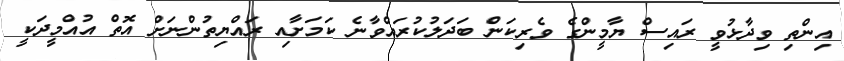
އިންތި ވިދާޅުވީ ރައިސް ޔާމީންގެ ވެރިކަން ބަދަލުކުރައްވާނެ ކަމަށާއި ރައްޔިތުންނަށް އޮތް އުއްމީދަކީ